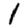
Digit: 1